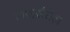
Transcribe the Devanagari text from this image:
लाइसेंसेज़